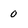
Character: 0